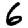
Digit: 6